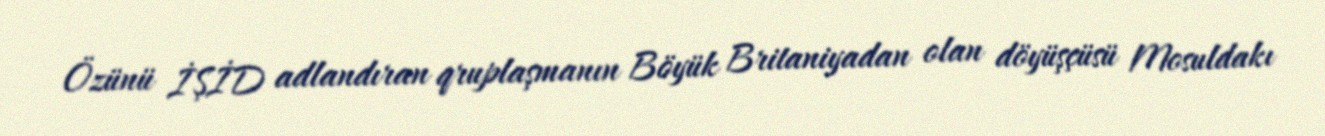
Özünü İŞİD adlandıran qruplaşmanın Böyük Britaniyadan olan döyüşçüsü Mosuldakı